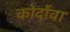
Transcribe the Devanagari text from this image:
कोर्दोवा